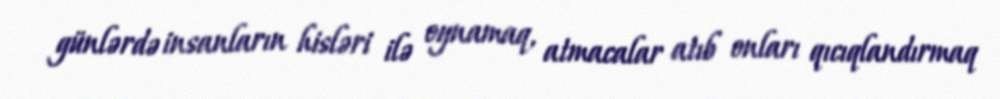
günlərdə insanların hisləri ilə oynamaq, atmacalar atıb onları qıcıqlandırmaq